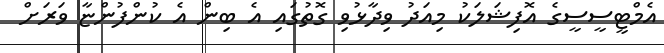
އެމްޓީސީސީގެ އޮފިޝަލަކު މިއަދު ވިދާޅުވި ގޮތުގައި އެ ބިން އެ ކުންފުންޏާ ވަރަށް